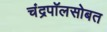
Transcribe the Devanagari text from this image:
चंद्रपॉलसोबत